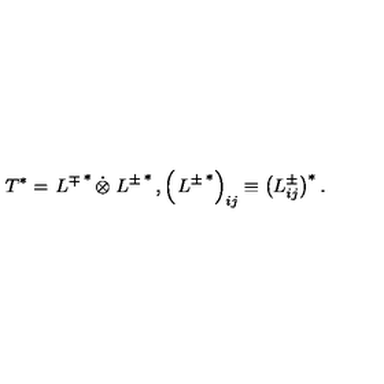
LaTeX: T ^ { * } = \left. L ^ { \mp } \right. ^ { * } \dot { \otimes } \left. L ^ { \pm } \right. ^ { * } , \left( \left. L ^ { \pm } \right. ^ { * } \right) _ { i j } \equiv \left( L _ { i j } ^ { \pm } \right) ^ { * } .